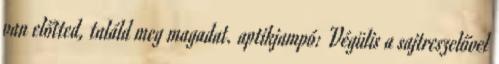
van előtted, találd meg magadat. aptikjampó: Végülis a sajtreszelővel